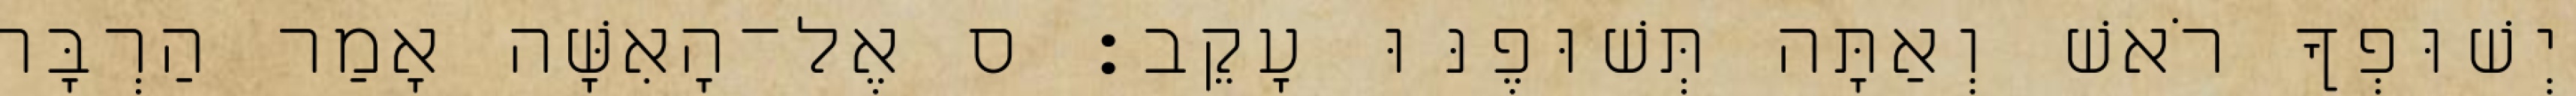
יְשׁוּפְךָ רֹאשׁ וְאַתָּה תְּשׁוּפֶנּוּ עָקֵב׃ ס אֶל־הָאִשָּׁה אָמַר הַרְבָּה